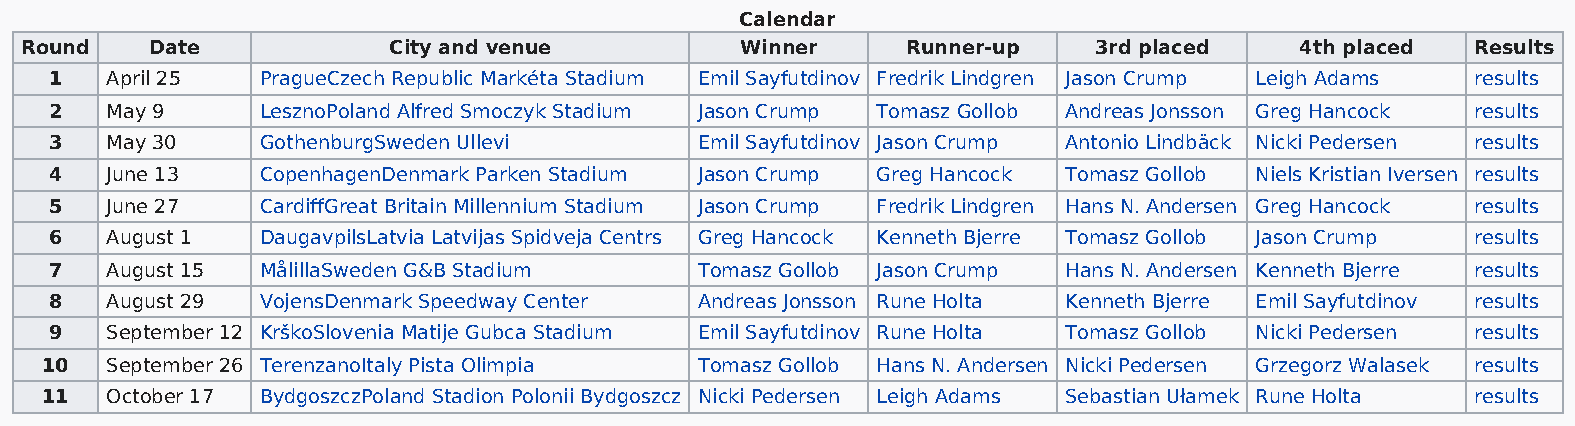
Calendar
 Round    Date            City and venue         Winner     Runner-up   3rd placed    4th placed  Results
 1   April 25  PragueCzech Republic Markéta Stadium Emil Sayfutdinov Fredrik Lindgren Jason Crump Leigh Adams results
 2   May 9     LesznoPoland Alfred Smoczyk Stadium Jason Crump Tomasz Gollob Andreas Jonsson Greg Hancock results
 3   May 30    GothenburgSweden Ullevi      Emil Sayfutdinov Jason Crump Antonio Lindbäck Nicki Pedersen results
 4   June 13   CopenhagenDenmark Parken Stadium Jason Crump Greg Hancock Tomasz Gollob Niels Kristian Iversen results
 5   June 27   CardiffGreat Britain Millennium Stadium Jason Crump Fredrik Lindgren Hans N. Andersen Greg Hancock results
 6   August 1  DaugavpilsLatvia Latvijas Spidveja Centrs Greg Hancock Kenneth Bjerre Tomasz Gollob Jason Crump results
 7   August 15 MålillaSweden G&B Stadium    Tomasz Gollob Jason Crump Hans N. Andersen Kenneth Bjerre results
 8   August 29 VojensDenmark Speedway Center Andreas Jonsson Rune Holta Kenneth Bjerre Emil Sayfutdinov results
 9   September 12 KrškoSlovenia Matije Gubca Stadium Emil Sayfutdinov Rune Holta Tomasz Gollob Nicki Pedersen results
 10  September 26 TerenzanoItaly Pista Olimpia Tomasz Gollob Hans N. Andersen Nicki Pedersen Grzegorz Walasek results
 11  October 17 BydgoszczPoland Stadion Polonii Bydgoszcz Nicki Pedersen Leigh Adams Sebastian Ułamek Rune Holta results